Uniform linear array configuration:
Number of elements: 32
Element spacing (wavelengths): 1
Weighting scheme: exponential
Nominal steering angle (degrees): -30
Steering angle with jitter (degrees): -31.001
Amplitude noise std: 0.05
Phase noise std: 0.05

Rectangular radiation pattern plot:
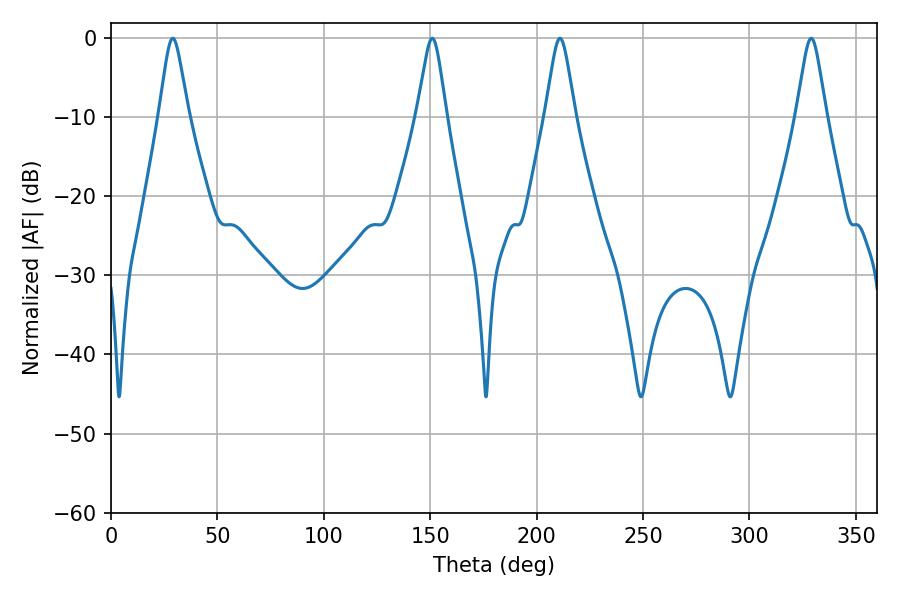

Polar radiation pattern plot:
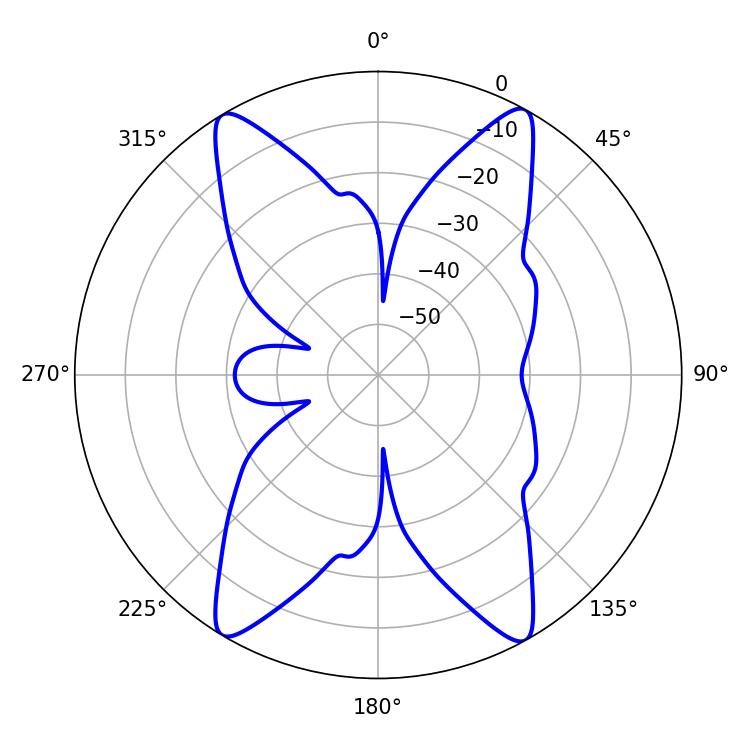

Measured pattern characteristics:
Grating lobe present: TRUE
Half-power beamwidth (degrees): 6.66
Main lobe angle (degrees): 329.04